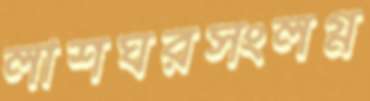
লাশঘরসংলগ্ন